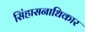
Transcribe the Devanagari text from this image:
सिंहासनाधिकार